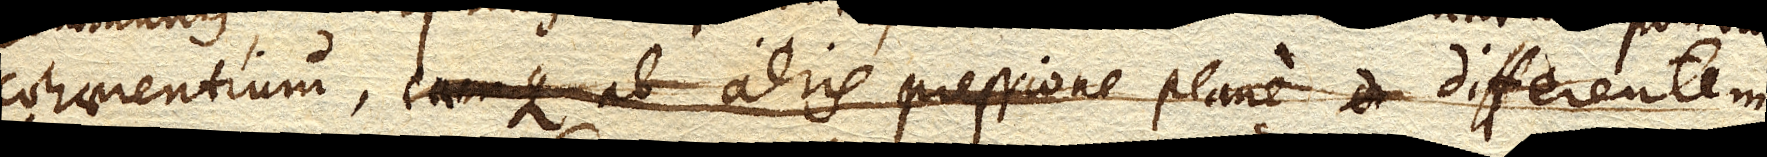
cohaerentium, eamque ab aeris pressione plane differentem